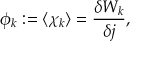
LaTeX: \phi _ { k } : = \langle \chi _ { k } \rangle = \frac { \delta W _ { k } } { \delta j } ,